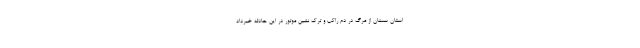
استان سمنان از مرگ در دم راکب و ترک نشین موتور در این حادثه خبرداد